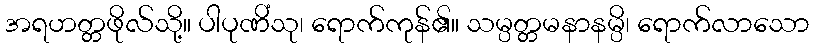
အရဟတ္တဖိုလ်သို့။ ပါပုဏိံသု၊ ရောက်ကုန်၏။ သမ္ပတ္တမနာနမ္ပိ၊ ရောက်လာသော